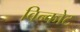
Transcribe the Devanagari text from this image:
विन्कोट